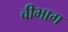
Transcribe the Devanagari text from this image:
वीभाग